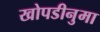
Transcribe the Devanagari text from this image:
खोपडीनुमा